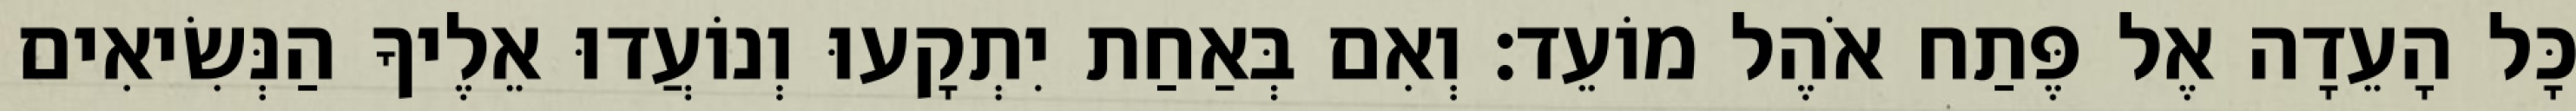
כָּל הָעֵדָה אֶל פֶּתַח אֹהֶל מוֹעֵד׃ וְאִם בְּאַחַת יִתְקָעוּ וְנוֹעֲדוּ אֵלֶיךָ הַנְּשִׂיאִים